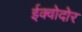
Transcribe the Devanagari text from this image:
ईक्वोदोर